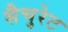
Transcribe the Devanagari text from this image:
सैचुरेट